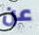
عن